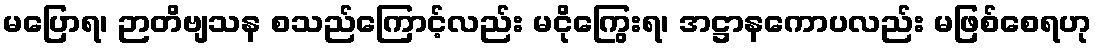
မပြောရ၊ ဉာတိဗျသန စသည်ကြောင့်လည်း မငိုကြွေးရ၊ အဋ္ဌာနကောပလည်း မဖြစ်စေရဟု